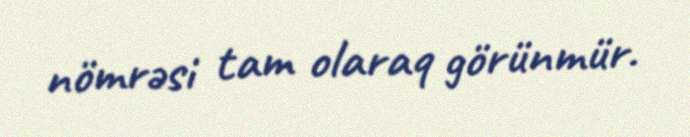
nömrəsi tam olaraq görünmür.